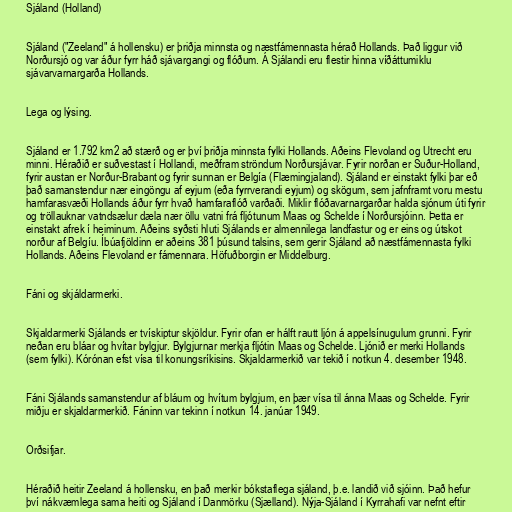
Sjáland (Holland)

Sjáland ("Zeeland" á hollensku) er þriðja minnsta og næstfámennasta hérað Hollands. Það liggur við
Norðursjó og var áður fyrr háð sjávargangi og flóðum. Á Sjálandi eru flestir hinna víðáttumiklu
sjávarvarnargarða Hollands.

Lega og lýsing.

Sjáland er 1.792 km2 að stærð og er því þriðja minnsta fylki Hollands. Aðeins Flevoland og Utrecht eru
minni. Héraðið er suðvestast í Hollandi, meðfram ströndum Norðursjávar. Fyrir norðan er Suður-Holland,
fyrir austan er Norður-Brabant og fyrir sunnan er Belgía (Flæmingjaland). Sjáland er einstakt fylki þar eð
það samanstendur nær eingöngu af eyjum (eða fyrrverandi eyjum) og skögum, sem jafnframt voru mestu
hamfarasvæði Hollands áður fyrr hvað hamfaraflóð varðaði. Miklir flóðavarnargarðar halda sjónum úti fyrir
og tröllauknar vatndsælur dæla nær öllu vatni frá fljótunum Maas og Schelde í Norðursjóinn. Þetta er
einstakt afrek í heiminum. Aðeins syðsti hluti Sjálands er almennilega landfastur og er eins og útskot
norður af Belgíu. Íbúafjöldinn er aðeins 381 þúsund talsins, sem gerir Sjáland að næstfámennasta fylki
Hollands. Aðeins Flevoland er fámennara. Höfuðborgin er Middelburg.

Fáni og skjáldarmerki.

Skjaldarmerki Sjálands er tvískiptur skjöldur. Fyrir ofan er hálft rautt ljón á appelsínugulum grunni. Fyrir
neðan eru bláar og hvítar bylgjur. Bylgjurnar merkja fljótin Maas og Schelde. Ljónið er merki Hollands
(sem fylki). Kórónan efst vísa til konungsríkisins. Skjaldarmerkið var tekið í notkun 4. desember 1948.

Fáni Sjálands samanstendur af bláum og hvítum bylgjum, en þær vísa til ánna Maas og Schelde. Fyrir
miðju er skjaldarmerkið. Fáninn var tekinn í notkun 14. janúar 1949.

Orðsifjar.

Héraðið heitir Zeeland á hollensku, en það merkir bókstaflega sjáland, þ.e. landið við sjóinn. Það hefur
því nákvæmlega sama heiti og Sjáland í Danmörku (Sjælland). Nýja-Sjáland í Kyrrahafi var nefnt eftir